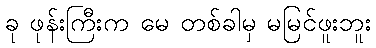
ခု ဖုန်းကြီးက မေ တစ်ခါမှ မမြင်ဖူးဘူး